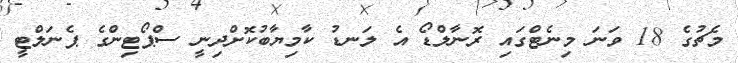
މެޗުގެ 18 ވަނަ މިނެޓްގައި ރޮނާލްޑޯ އެ ލަނޑު ކާމިޔާބުކޮށްދިނީ ސްޕޯޓިންގެ ޕެނަލްޓީ